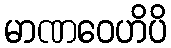
မာဏဝေဟိပိ